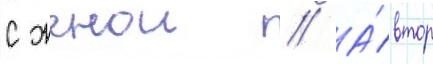
с женои // А́втор